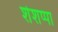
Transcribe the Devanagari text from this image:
शेशप्पा